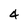
Character: 4